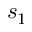
s _ { 1 }